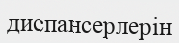
диспансерлерін